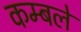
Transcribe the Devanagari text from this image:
कम्बले